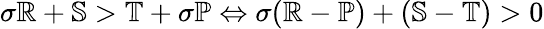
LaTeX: \sigma\mathbb{R}+\mathbb{S}>\mathbb{T}+\sigma\mathbb{P}\Leftrightarrow\sigma(\mathbb{R}-\mathbb{P})+(\mathbb{S}-\mathbb{T})>0